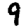
Digit: 9